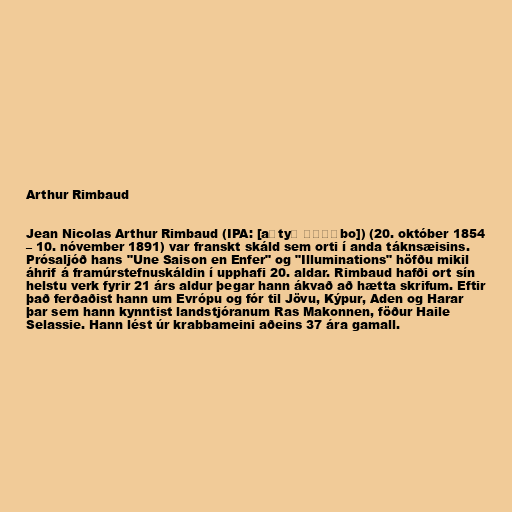
Arthur Rimbaud

Jean Nicolas Arthur Rimbaud (IPA: [aʁtyʁ ʁɛ̃ˈbo]) (20. október 1854
– 10. nóvember 1891) var franskt skáld sem orti í anda táknsæisins.
Prósaljóð hans "Une Saison en Enfer" og "Illuminations" höfðu mikil
áhrif á framúrstefnuskáldin í upphafi 20. aldar. Rimbaud hafði ort sín
helstu verk fyrir 21 árs aldur þegar hann ákvað að hætta skrifum. Eftir
það ferðaðist hann um Evrópu og fór til Jövu, Kýpur, Aden og Harar
þar sem hann kynntist landstjóranum Ras Makonnen, föður Haile
Selassie. Hann lést úr krabbameini aðeins 37 ára gamall.